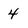
Character: 4